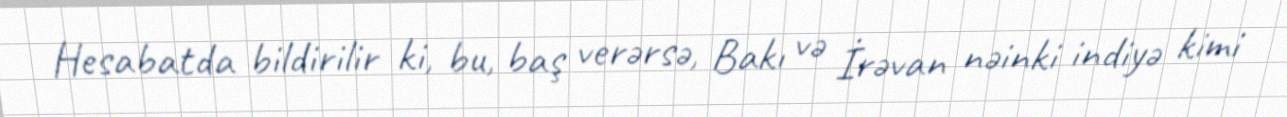
Hesabatda bildirilir ki, bu, baş verərsə, Bakı və İrəvan nəinki indiyə kimi